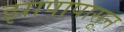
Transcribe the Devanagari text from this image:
झापापासून